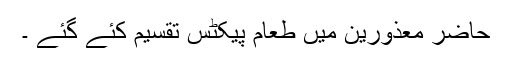
حاضر معذورین میں طعام پیکٹس تقسیم کئے گئے ۔